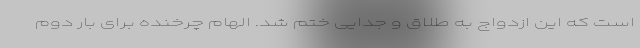
است که این ازدواج به طلاق و جدایی ختم شد. الهام چرخنده برای بار دوم